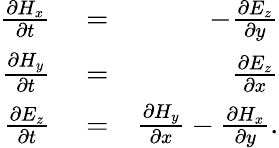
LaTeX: \begin{array}{rlr}{\frac{\partial H_{x}}{\partial t}}&{{}=}&{-\frac{\partial E_{z}}{\partial y}}\\ {\frac{\partial H_{y}}{\partial t}}&{{}=}&{\frac{\partial E_{z}}{\partial x}}\\ {\frac{\partial E_{z}}{\partial t}}&{{}=}&{\frac{\partial H_{y}}{\partial x}-\frac{\partial H_{x}}{\partial y}.}\end{array}